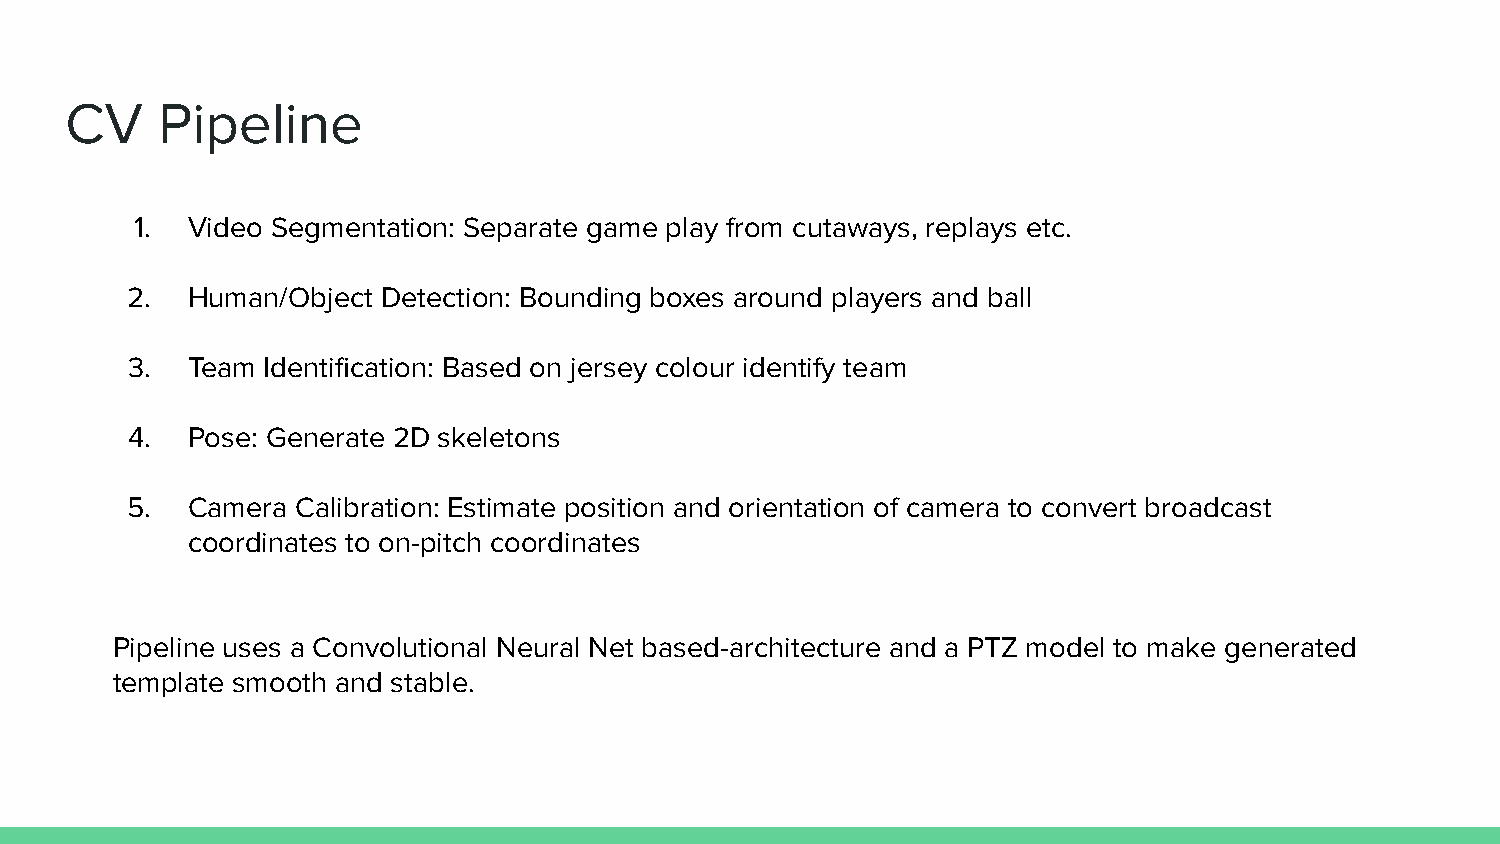
CV    Pipeline
 1. Video Segmentation: Separate game play from cutaways, replays etc.
 2.  Human/Object Detection: Bounding boxes around players and ball
 3.  Team Identification: Based on jersey colour identify team
 4.  Pose: Generate 2D skeletons
 5.  Camera  Calibration: Estimate position and orientation of camera to convert broadcast
 coordinates to on-pitch coordinates
 Pipeline uses a Convolutional Neural Net based-architecture and a PTZ model to make generated
 template smooth and stable.